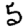
Digit: 5